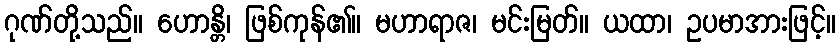
ဂုဏ်တို့သည်။ ဟောန္တိ၊ ဖြစ်ကုန်၏။ မဟာရာဇ၊ မင်းမြတ်။ ယထာ၊ ဥပမာအားဖြင့်။